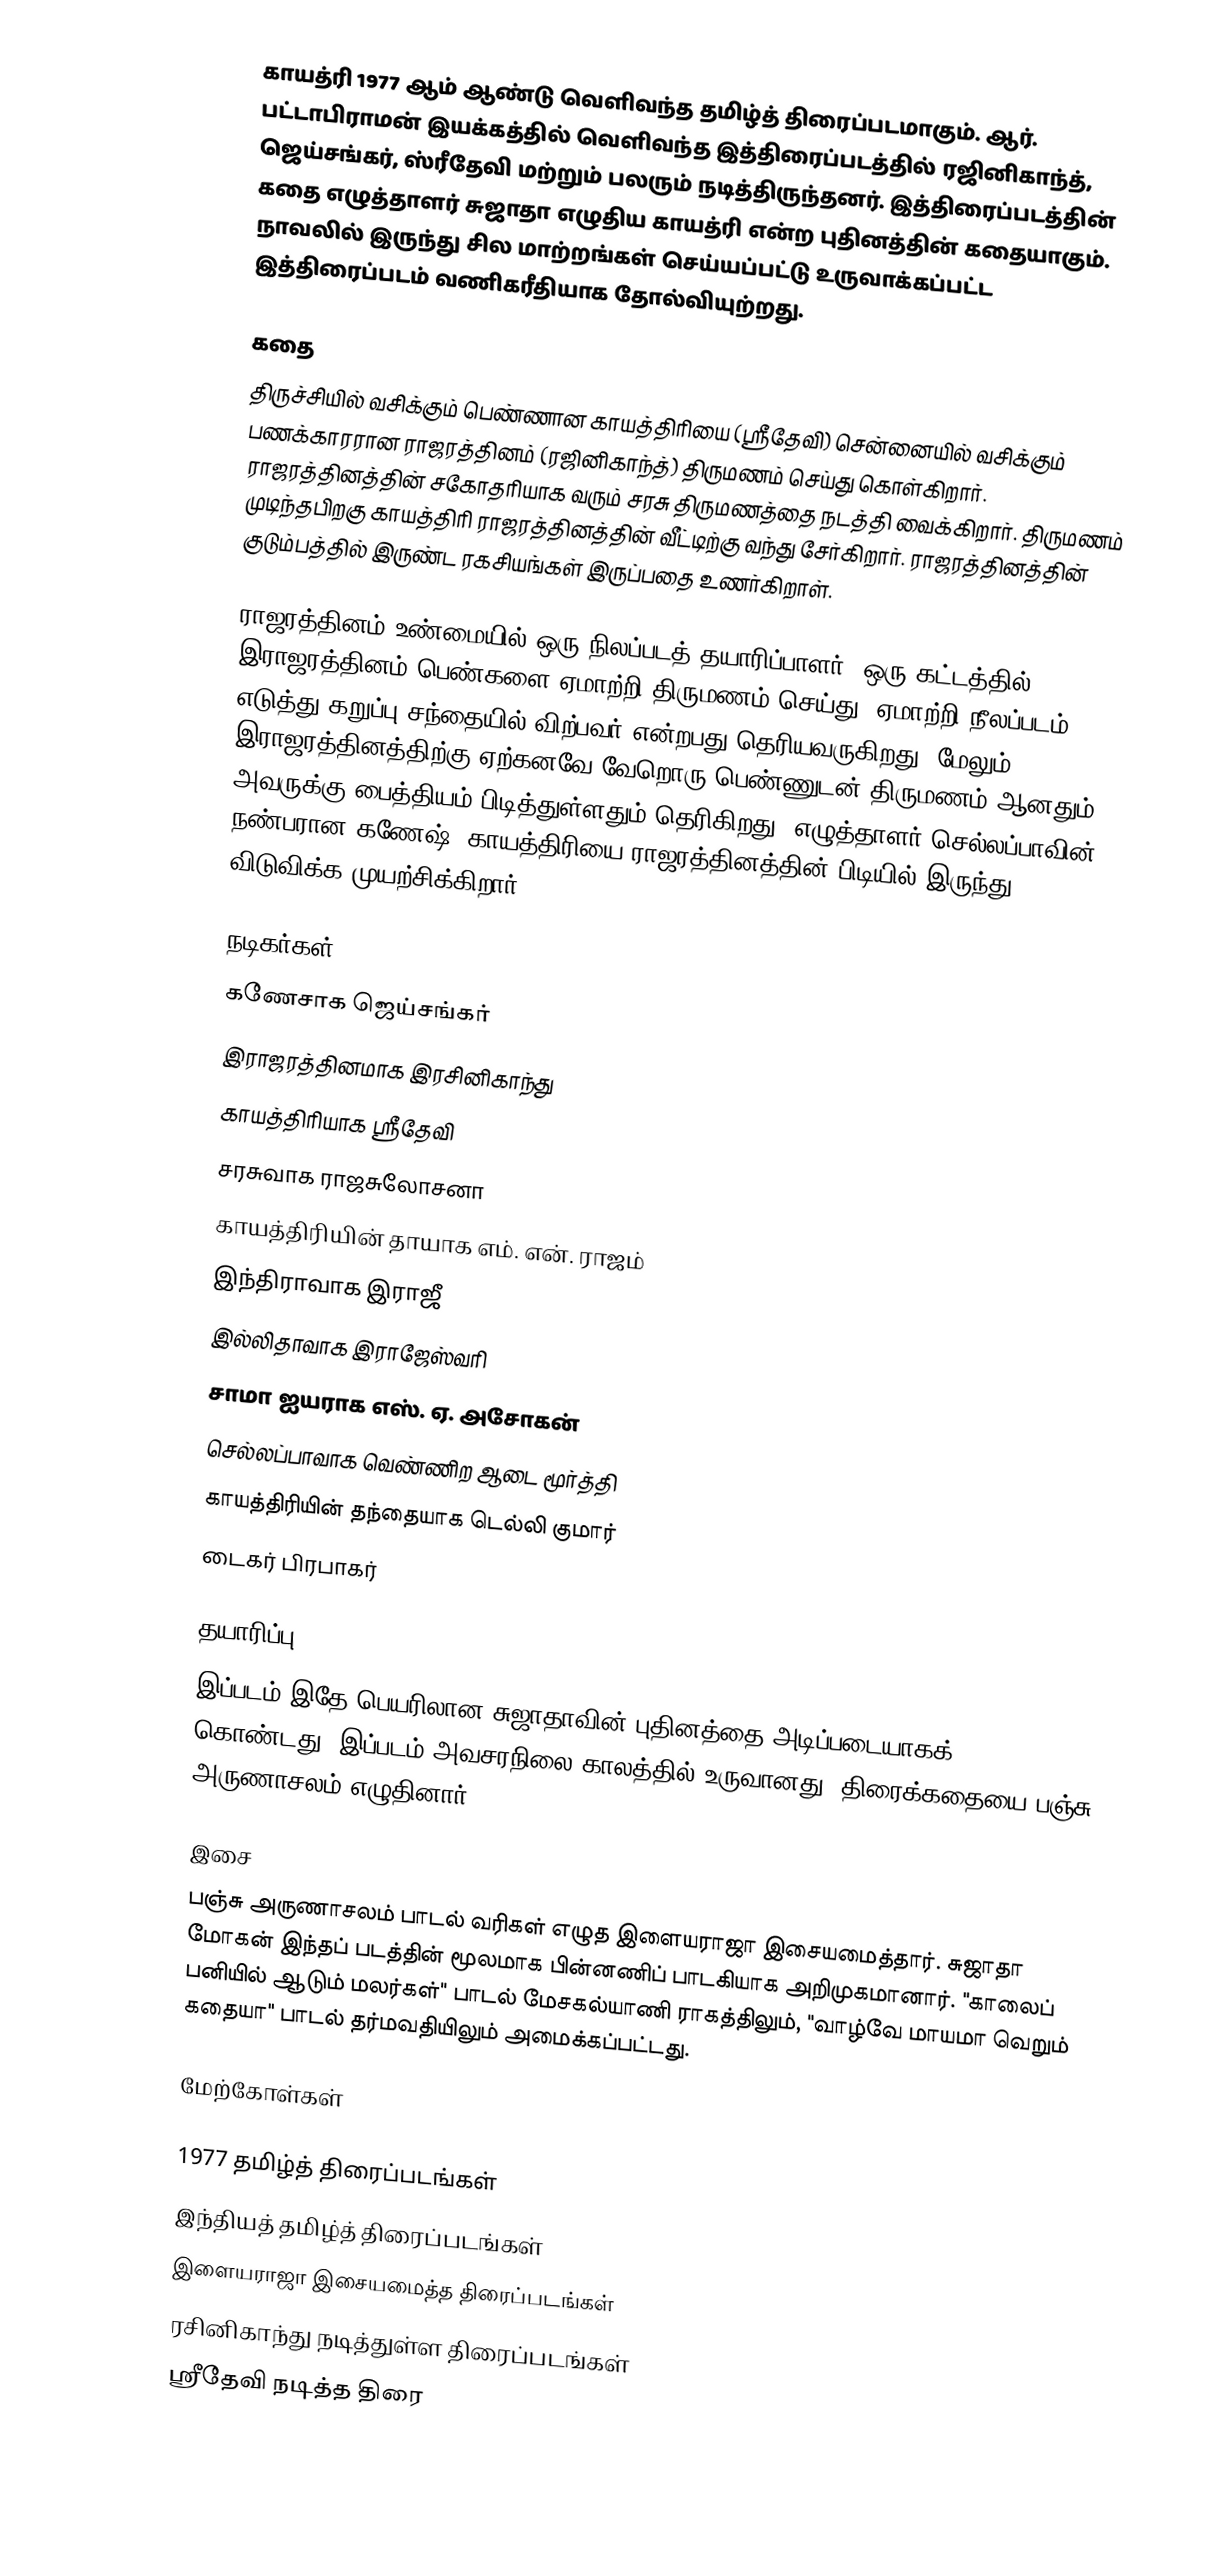
காயத்ரி 1977 ஆம் ஆண்டு வெளிவந்த தமிழ்த் திரைப்படமாகும். ஆர். பட்டாபிராமன் இயக்கத்தில் வெளிவந்த இத்திரைப்படத்தில் ரஜினிகாந்த், ஜெய்சங்கர், ஸ்ரீதேவி மற்றும் பலரும் நடித்திருந்தனர். இத்திரைப்படத்தின் கதை எழுத்தாளர் சுஜாதா எழுதிய காயத்ரி என்ற புதினத்தின் கதையாகும். நாவலில் இருந்து சில மாற்றங்கள் செய்யப்பட்டு உருவாக்கப்பட்ட இத்திரைப்படம் வணிகரீதியாக தோல்வியுற்றது.

கதை
திருச்சியில் வசிக்கும் பெண்ணான காயத்திரியை (ஸ்ரீதேவி) சென்னையில் வசிக்கும் பணக்காரரான ராஜரத்தினம் (ரஜினிகாந்த்) திருமணம் செய்து கொள்கிறார். ராஜரத்தினத்தின் சகோதரியாக வரும் சரசு திருமணத்தை நடத்தி வைக்கிறார். திருமணம் முடிந்தபிறகு காயத்திரி ராஜரத்தினத்தின் வீட்டிற்கு வந்து சேர்கிறார். ராஜரத்தினத்தின் குடும்பத்தில் இருண்ட ரகசியங்கள் இருப்பதை உணர்கிறாள்.

ராஜரத்தினம் உண்மையில் ஒரு நிலப்படத் தயாரிப்பாளர். ஒரு கட்டத்தில் இராஜரத்தினம் பெண்களை ஏமாற்றி திருமணம் செய்து, ஏமாற்றி நீலப்படம் எடுத்து கறுப்பு சந்தையில் விற்பவர் என்றபது தெரியவருகிறது. மேலும் இராஜரத்தினத்திற்கு ஏற்கனவே வேறொரு பெண்ணுடன் திருமணம் ஆனதும், அவருக்கு பைத்தியம் பிடித்துள்ளதும் தெரிகிறது. எழுத்தாளர் செல்லப்பாவின் நண்பரான கணேஷ், காயத்திரியை ராஜரத்தினத்தின் பிடியில் இருந்து விடுவிக்க முயற்சிக்கிறார்.

நடிகர்கள்
 கணேசாக ஜெய்சங்கர்
இராஜரத்தினமாக இரசினிகாந்து
காயத்திரியாக ஸ்ரீதேவி
சரசுவாக ராஜசுலோசனா
காயத்திரியின் தாயாக எம். என். ராஜம்
இந்திராவாக இராஜீ
இல்லிதாவாக இராஜேஸ்வரி
சாமா ஐயராக எஸ். ஏ. அசோகன்
செல்லப்பாவாக வெண்ணிற ஆடை மூர்த்தி
காயத்திரியின் தந்தையாக டெல்லி குமார்
டைகர் பிரபாகர்

தயாரிப்பு
இப்படம் இதே பெயரிலான சுஜாதாவின் புதினத்தை அடிப்படையாகக் கொண்டது. இப்படம் அவசரநிலை காலத்தில் உருவானது. திரைக்கதையை பஞ்சு அருணாசலம் எழுதினார்.

இசை
பஞ்சு அருணாசலம் பாடல் வரிகள் எழுத இளையராஜா இசையமைத்தார். சுஜாதா மோகன் இந்தப் படத்தின் மூலமாக பின்னணிப் பாடகியாக அறிமுகமானார். "காலைப் பனியில் ஆடும் மலர்கள்" பாடல் மேசகல்யாணி ராகத்திலும், "வாழ்வே மாயமா வெறும் கதையா" பாடல் தர்மவதியிலும் அமைக்கப்பட்டது.

மேற்கோள்கள்

1977 தமிழ்த் திரைப்படங்கள்
இந்தியத் தமிழ்த் திரைப்படங்கள்
இளையராஜா இசையமைத்த திரைப்படங்கள்
ரசினிகாந்து நடித்துள்ள திரைப்படங்கள்
ஸ்ரீதேவி நடித்த திரை